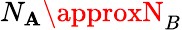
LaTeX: N_{\mathbf{A}}\approxN_{B}